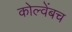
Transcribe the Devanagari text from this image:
कोल्वेंबच